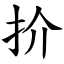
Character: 扴